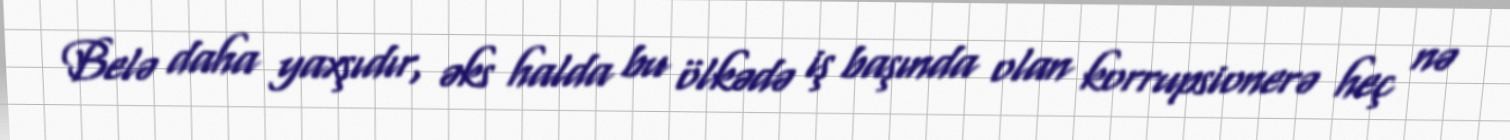
Belə daha yaxşıdır, əks halda bu ölkədə iş başında olan korrupsionerə heç nə